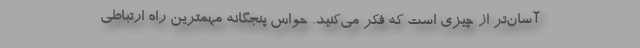
آسان‌تر از چیزی است که فکر می‌کنید. حواس پنجگانه مهمترین راه‌ ارتباطی